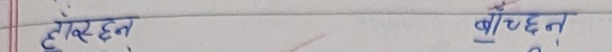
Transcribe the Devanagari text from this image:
दुरइन
वा/छन